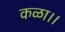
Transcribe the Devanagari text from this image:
कळा।।